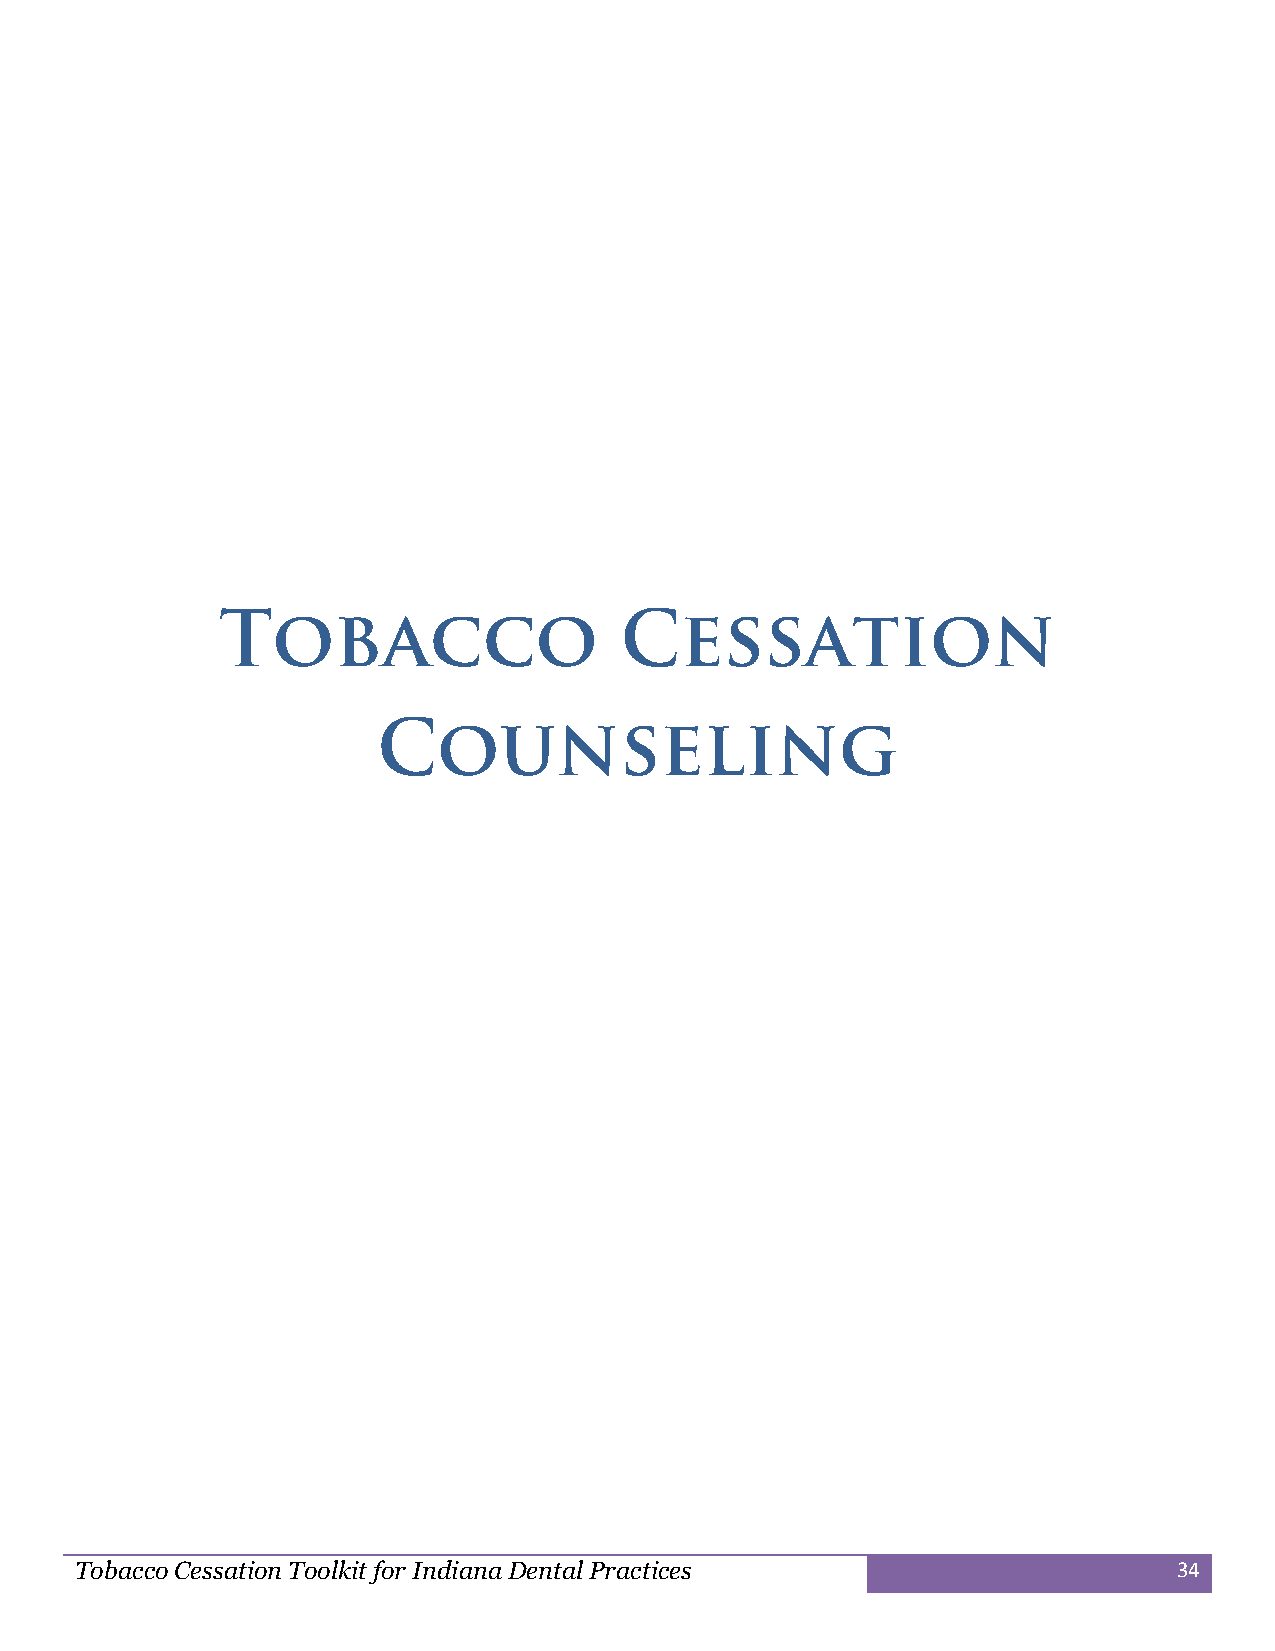
Tobacco Cessation Toolkit for Indiana Dental Practices                   34